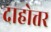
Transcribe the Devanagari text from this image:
दाहोत्तर